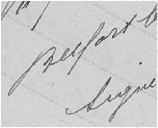
consommation journalière indiquée dans la demande est de un demi mètre cube,